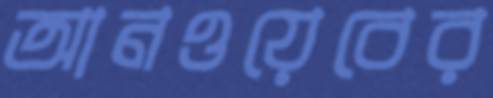
আনওয়েবের